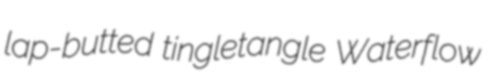
lap-butted tingletangle Waterflow